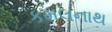
કમલનાથ